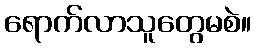
ရောက်လာသူတွေမစဲ။